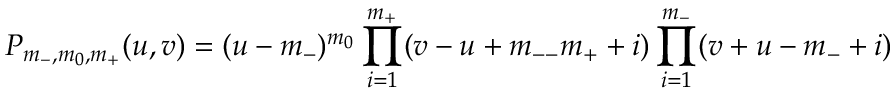
P _ { m _ { - } , m _ { 0 } , m _ { + } } ( u , v ) = ( u - m _ { - } ) ^ { m _ { 0 } } \prod _ { i = 1 } ^ { m _ { + } } ( v - u + m _ { -- } m _ { + } + i ) \prod _ { i = 1 } ^ { m _ { - } } ( v + u - m _ { - } + i )